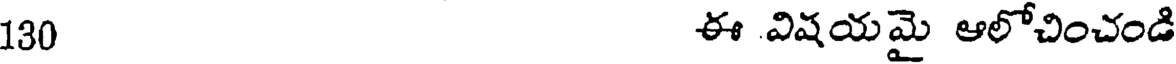
130 ఈ విషయమై ఆలోచించండి